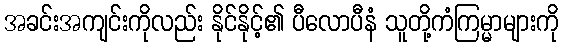
အခင်းအကျင်းကိုလည်း နိုင်နိုင့်၏ ပီလောပီနံ သူတို့ကံကြမ္မာများကို